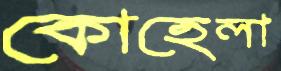
কোহেলা